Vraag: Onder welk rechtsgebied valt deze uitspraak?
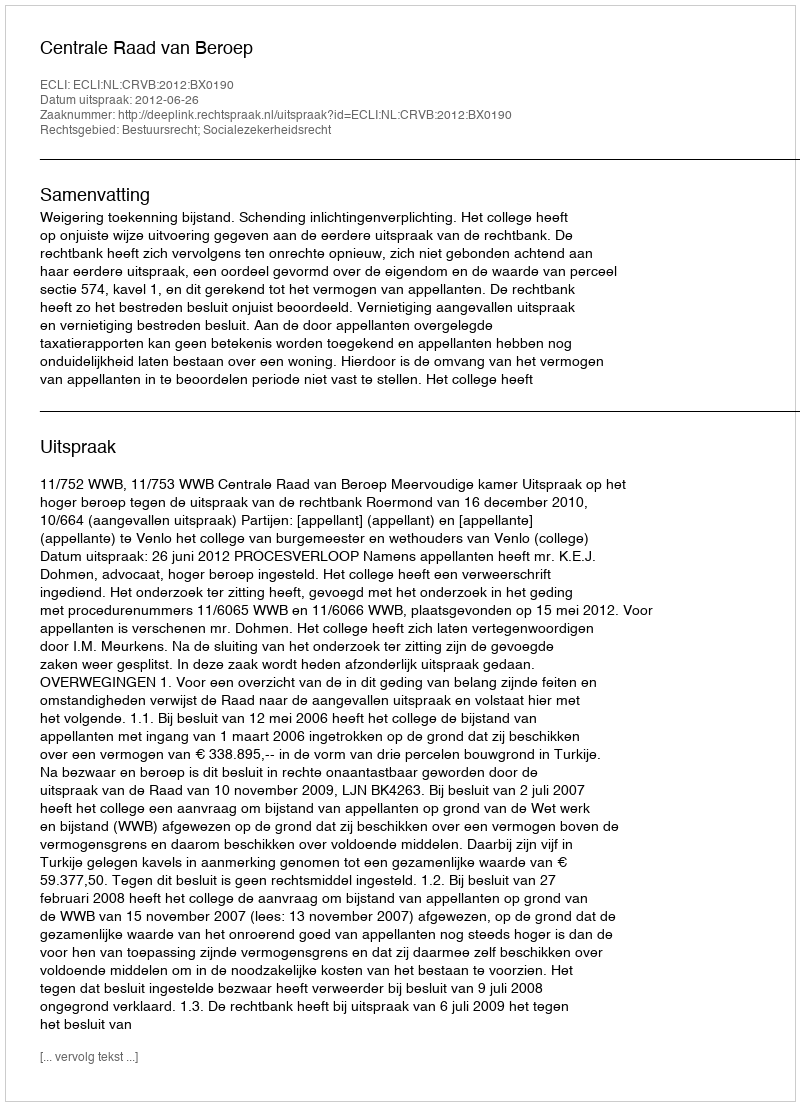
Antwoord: Bestuursrecht; Socialezekerheidsrecht